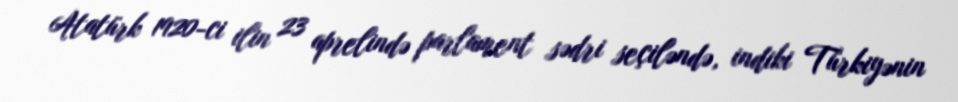
Atatürk 1920-ci ilin 23 aprelində parlament sədri seçiləndə, indiki Türkiyənin